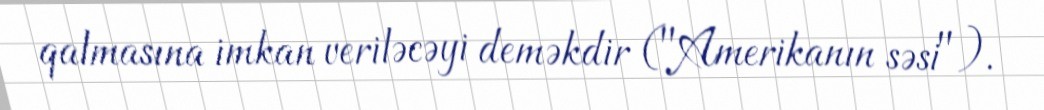
qalmasına imkan veriləcəyi deməkdir ("Amerikanın səsi").